Madras plague regulations and rules - Volume 2
Disease focus: Plague
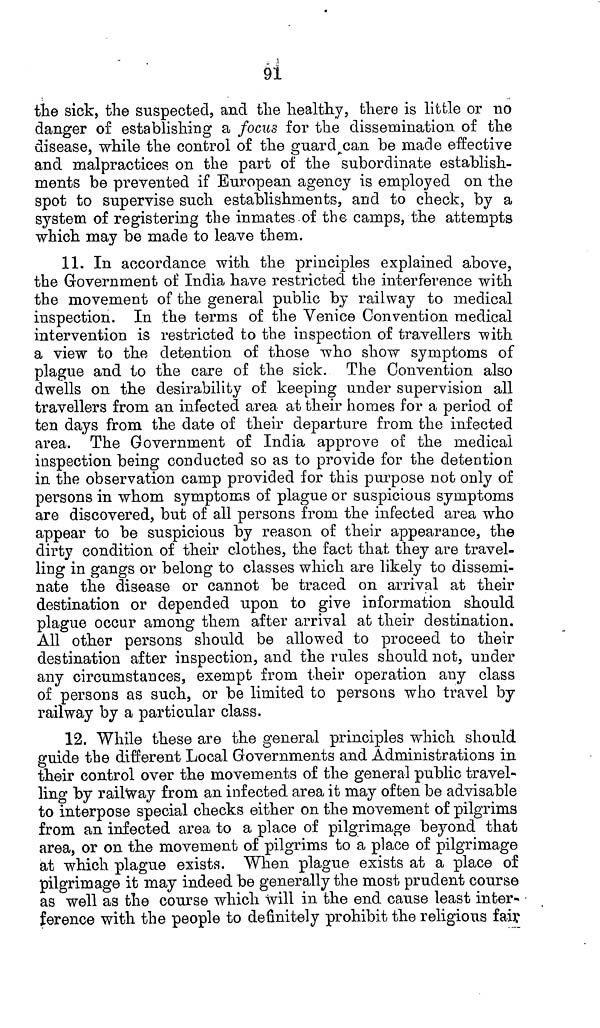
91
the sick, the suspected, and the healthy, there is little or no
danger of establishing a focus for the dissemination of the
disease, while the control of the guard can be made effective
and malpractices on the part of the subordinate establish-
ments be prevented if European agency is employed on the
spot to supervise such establishments, and to check, by a
system of registering the inmates of the camps, the attempts
which may be made to leave them.
11. In accordance with the principles explained above,
the Government of India have restricted the interference with
the movement of the general public by railway to medical
inspection. In the terms of the Venice Convention medical
intervention is restricted to the inspection of travellers with
a view to the detention of those who show symptoms of
plague and to the care of the sick. The Convention also
dwells on the desirability of keeping under supervision all
travellers from an infected area at their homes for a period of
ten days from the date of their departure from the infected
area. The Government of India approve of the medical
inspection being conducted so as to provide for the detention
in the observation camp provided for this purpose not only of
persons in whom symptoms of plague or suspicious symptoms
are discovered, but of all persons from the infected area who
appear to be suspicious by reason of their appearance, the
dirty condition of their clothes, the fact that they are travel-
ling in gangs or belong to classes which are likely to dissemi-
nate the disease or cannot be traced on arrival at their
destination or depended upon to give information should
plague occur among them after arrival at their destination.
All other persons should be allowed to proceed to their
destination after inspection, and the rules should not, under
any circumstances, exempt from their operation any class
of persons as such, or be limited to persons who travel by
railway by a particular class.
12. While these are the general principles which should
guide the different Local Governments and Administrations in
their control over the movements of the general public travel-
ling by railway from an infected area it may often be advisable
to interpose special checks either on the movement of pilgrims
from an infected area to a place of pilgrimage beyond that
area, or on the movement of pilgrims to a place of pilgrimage
at which plague exists. When plague exists at a place of
pilgrimage it may indeed be generally the most prudent course
as well as the course which will in the end cause least inter-
ference with the people to definitely prohibit the religious fair